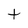
Character: t